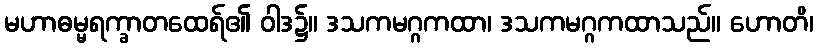
မဟာဓမ္မရက္ခာတထေရ်၏ ဝါဒ၌။ ဒသကမဂ္ဂကထာ၊ ဒသကမဂ္ဂကထာသည်။ ဟောတိ၊